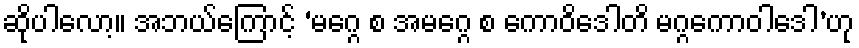
ဆိုပါလော့။ အဘယ်ကြောင့် ‘မဂ္ဂေ စ အမဂ္ဂေ စ ကောဝိဒေါတိ မဂ္ဂကောဝါဒေါ’ဟု